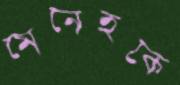
মেনেহকে